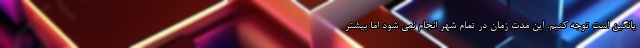
یانگین است توجه کنیم. این مدت زمان در تمام شهر انجام نمی شود اما بیشتر